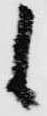
候